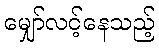
မျှော်လင့်နေသည့်